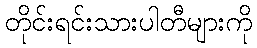
တိုင်းရင်းသားပါတီများကို